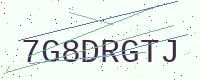
Text: 7G8DRGTJ